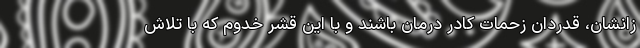
زانشان، قدردان زحمات کادر درمان باشند و با این قشر خدوم که با تلاش